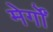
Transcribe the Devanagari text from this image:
मेर्गों